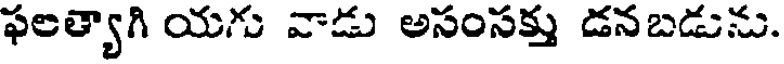
ఫలత్యాగి యగు వాడు అసంసక్తు డనబడును.